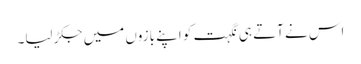
اس نے آتے ہی نگہت کو اپنے بازوں میں جکڑ لیا۔